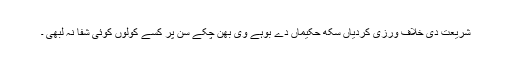
شریعت دی خلاف ورزی کردیاں سکھ حکیماں دے بوہے وی بھن چکے سن پر کسے کولوں کوئی شفا نہ لبھی ۔